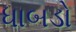
ધાબડો